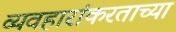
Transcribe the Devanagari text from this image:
व्यवहारांकरताच्या